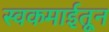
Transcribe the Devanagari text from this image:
स्वकमाईतून